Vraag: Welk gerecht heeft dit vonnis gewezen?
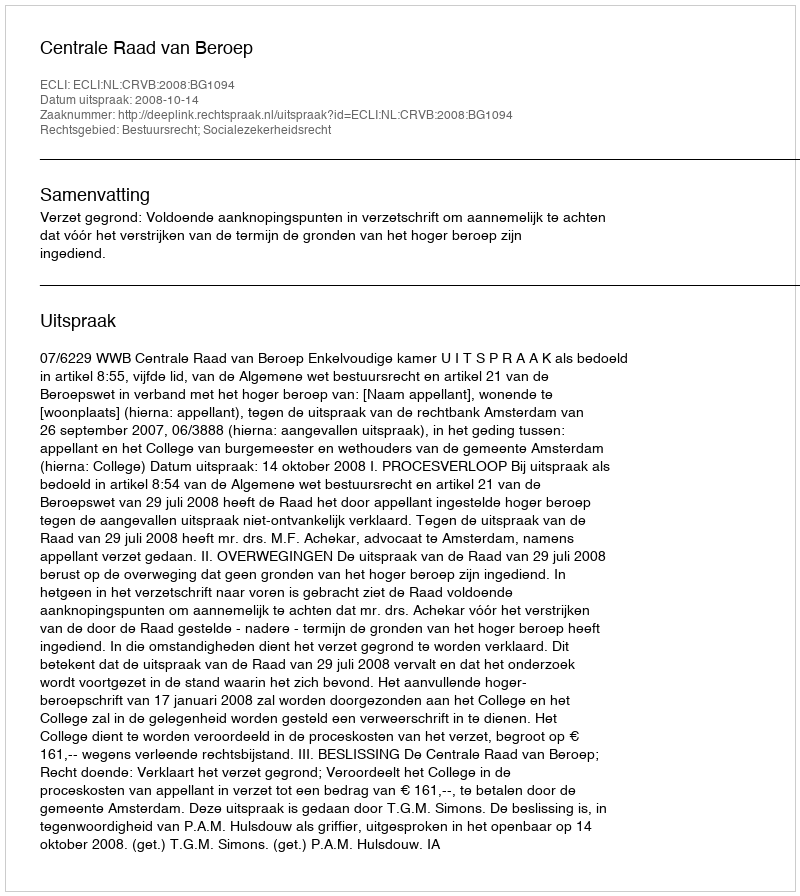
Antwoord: Centrale Raad van Beroep